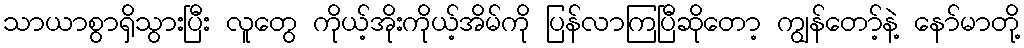
သာယာစွာရှိသွားပြီး လူတွေ ကိုယ့်အိုးကိုယ့်အိမ်ကို ပြန်လာကြပြီဆိုတော့ ကျွန်တော့်နဲ့ နော်မာတို့